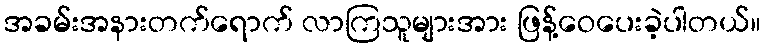
အခမ်းအနားတက်ရောက် လာကြသူများအား ဖြန့်ဝေပေးခဲ့ပါတယ်။